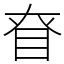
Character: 眘